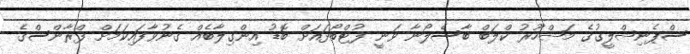
ސްޕެނިޝްލީގުގެ މަޝްހޫރު ކްލަބް ބާސެލޯނާ ވަނީ ފުޓްބޯޅައަށް ބޮޑު އިންގިލާބެއް ގެނުވާފައިކަމަށް ފްރާންސްގެ